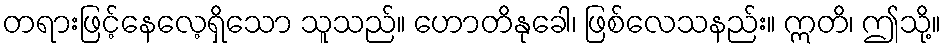
တရားဖြင့်နေလေ့ရှိသော သူသည်။ ဟောတိနုခေါ၊ ဖြစ်လေသနည်း။ ဣတိ၊ ဤသို့။